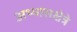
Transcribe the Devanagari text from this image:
अभ्यासक्षेत्रे